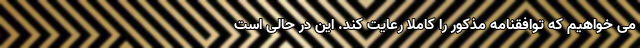
می خواهیم که توافقنامه مذکور را کاملاً رعایت کند. این در حالی است